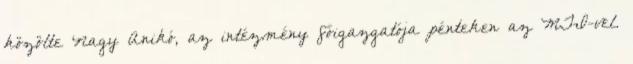
közölte Nagy Anikó, az intézmény főigazgatója pénteken az MTI-vel.